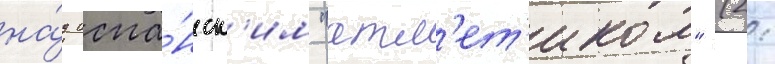
на́д испа́нск'им "атл'ет'иком" (2: